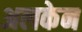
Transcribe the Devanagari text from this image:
अलकेन